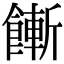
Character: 𩞏